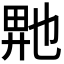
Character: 𬼮